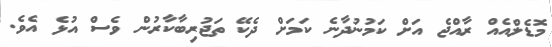
މޮޑެލްއެއް ރާއްޖެ އަށް ކަމުނުދާނެ ކަމަށް ދެކޭ ތަޖުރިބާކާރުން ވެސް އުޅެ އެވެ.